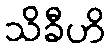
သိခီဟိ